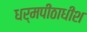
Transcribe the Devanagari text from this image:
धर्मपीठाधीश